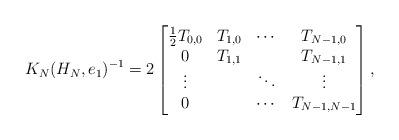
LaTeX: \begin{align*} K_N(H_N,e_1)^{-1}= 2\begin{bmatrix} \frac12 T_{0,0}& T_{1,0} & \cdots & T_{N-1,0} \\ 0 & T_{1,1} & &T_{N-1,1} \\ \vdots & & \ddots & \vdots \\ 0 & & \cdots & T_{N-1,N-1} \end{bmatrix},\end{align*}